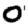
Digit: 0